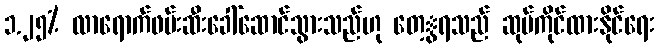
၁.၂၅% လာရောက်ဖမ်းဆီးခေါ်ဆောင်သွားသည်ဟု တေ့ွရသည် ဆုပ်ကိုင်ထားနိုင်ရေး